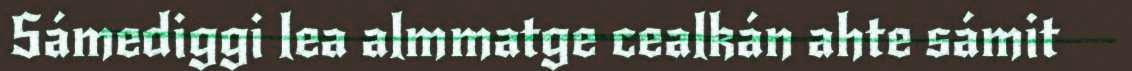
Sámediggi lea almmatge cealkán ahte sámit